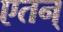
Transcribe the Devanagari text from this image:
एतन्‌